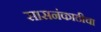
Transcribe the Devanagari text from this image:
सासनंकाठीचा